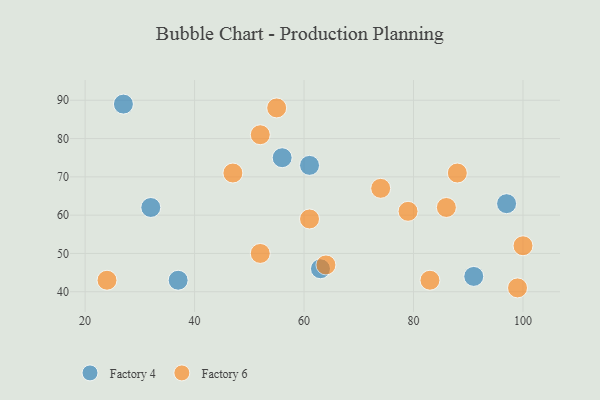
{"axis": {"x": "GDP", "y": "Life Expectancy"}, "legend": ["Factory 4", "Factory 6"], "data": [{"x": "56", "y": 75, "type": "Factory 4"}, {"x": "37", "y": 43, "type": "Factory 4"}, {"x": "97", "y": 63, "type": "Factory 4"}, {"x": "61", "y": 73, "type": "Factory 4"}, {"x": "63", "y": 46, "type": "Factory 4"}, {"x": "27", "y": 89, "type": "Factory 4"}, {"x": "91", "y": 44, "type": "Factory 4"}, {"x": "32", "y": 62, "type": "Factory 4"}, {"x": "100", "y": 52, "type": "Factory 6"}, {"x": "99", "y": 41, "type": "Factory 6"}, {"x": "52", "y": 81, "type": "Factory 6"}, {"x": "79", "y": 61, "type": "Factory 6"}, {"x": "86", "y": 62, "type": "Factory 6"}, {"x": "52", "y": 50, "type": "Factory 6"}, {"x": "61", "y": 59, "type": "Factory 6"}, {"x": "83", "y": 43, "type": "Factory 6"}, {"x": "88", "y": 71, "type": "Factory 6"}, {"x": "47", "y": 71, "type": "Factory 6"}, {"x": "64", "y": 47, "type": "Factory 6"}, {"x": "74", "y": 67, "type": "Factory 6"}, {"x": "55", "y": 88, "type": "Factory 6"}, {"x": "24", "y": 43, "type": "Factory 6"}]}